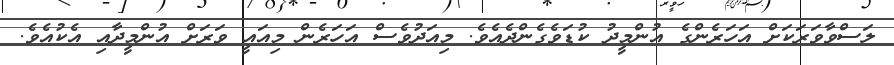
ލަސްވާވަރަކަށް އަހަރެންގެ އުންމީދު ކުޑަވެގެންދެއެވެ. މިއަދުވެސް އަހަރެން މިއައީ ވަރަށް އުންމީދާއި އެކުއެވެ.